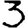
Digit: 3